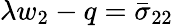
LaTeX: \lambda w_{2}-q=\bar{\sigma}_{22}